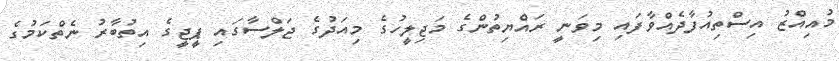
މުއިއްޒު އިސްތިއުފާދެއްވާފައި މިވަނީ ރައްޔިތުންގެ މަޖިލީހުގެ މިއަދުގެ ޖަލްސާގައި ޕީޖީގެ އިތުބާރު ނެތްކަމުގެ